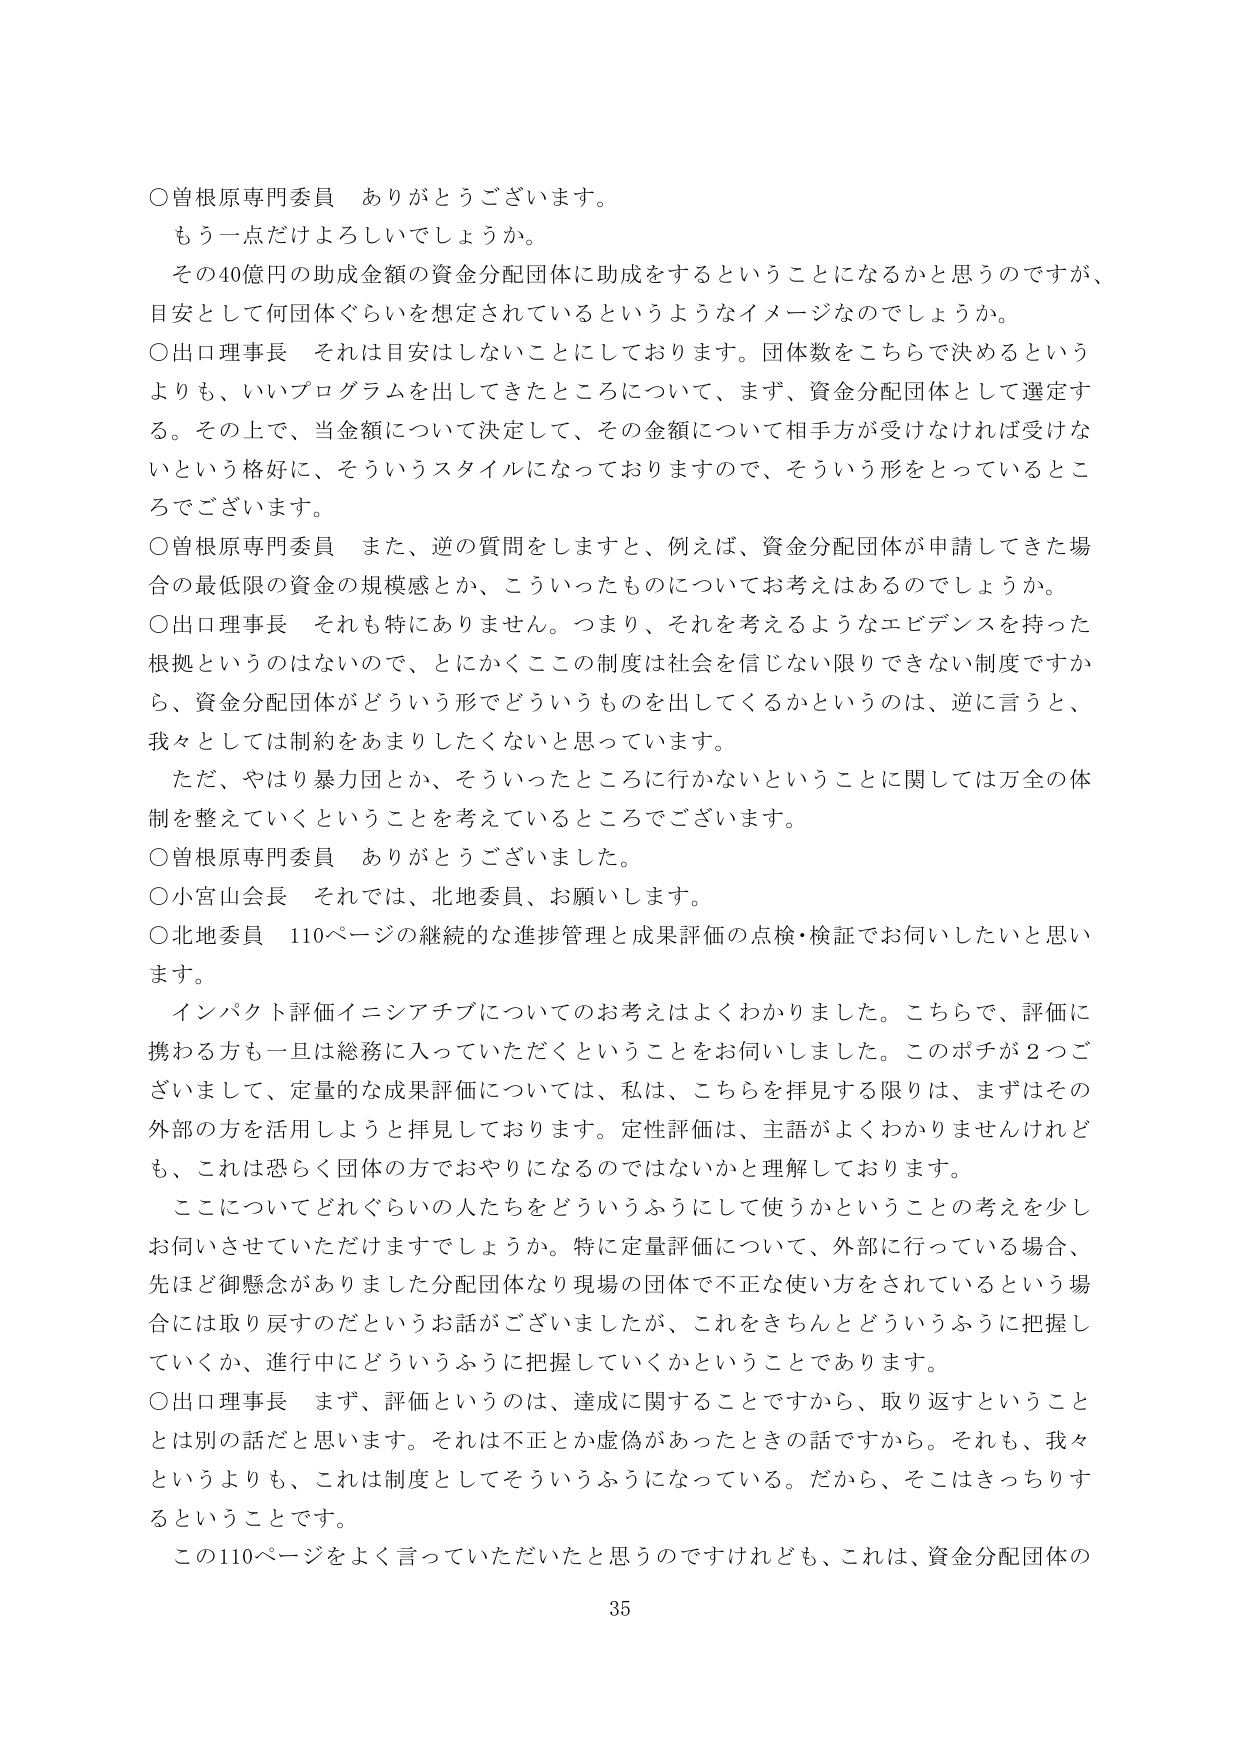
○曽根原専門委員　ありがとうございます。
もう一点だけよろしいでしょうか。
その40億円の助成金額の資金分配団体に助成をするということになるかと思うのですが、
目安として何団体ぐらいを想定されているというようなイメージなのでしょうか。
○出口理事長　それは目安はしないことにしております。団体数をこちらで決めるという
よりも、いいプログラムを出してきたところについて、まず、資金分配団体として選定す
る。その上で、当金額について決定して、その金額について相手方が受けなければ受けな
いという格好に、そういうスタイルになっておりますので、そういう形をとっているとこ
ろでございます。
○曽根原専門委員　また、逆の質問をしますと、例えば、資金分配団体が申請してきた場
合の最低限の資金の規模感とか、こういったものについてお考えはあるのでしょうか。
○出口理事長　それも特になくありません。つまり、それを考えるようなエビデンスを持った
根拠というのはないので、とにかくここの制度は社会を信じない限りできない制度ですか
ら、資金分配団体がどういう形でどういうものを出してくるかというのは、逆に言うと、
我々としては制約をあまりしたくないと思っています。
　ただ、やはり暴力団とか、そういったところに行かないということに関しては万全の体
制を整えていくということを考えているところでございます。
○曽根原専門委員　ありがとうございました。
○小宮山会長　それでは、北地委員、お願いします。
○北地委員　110ページの継続的な進捗管理と成果評価の点検・検証でお伺いしたいと思い
ます。
　インパクト評価イニシアチブについてのお考えはよくわかりました。こちらで、評価に
携わる方も一旦は総務に入っていただくということをお伺いしました。このポチが2つご
ざいまして、定量的な成果評価については、私は、こちらを拝見する限りは、まずはその
外部の方を活用しようと拝見しております。定性評価は、主語がよくわかりませんけれど
も、これは恐らく団体の方でおやりになるのではないかと理解しております。
　ここについてどれぐらいの人たちをどういうふうにして使うかということの考えを少し
お伺いさせていただけますでしょうか。特に定量評価について、外部に行っている場合、
先ほど御懸念がありました分配団体なり現場の団体で不正な使い方をされているという場
合には取り戻すのだというお話がございましたが、これをきちんとどういうふうに把握し
ていくか、進行中にどういうふうに把握していくかということであります。
○出口理事長　まず、評価というのは、達成に関することですから、取り返すということ
とは別の話だと思います。それは不正とか虚偽があったときの話ですから。それも、我々
というよりも、これは制度としてそういうふうになっている。だから、そこはきっちりす
るということです。
　この110ページをよく言っていただいたと思うのですけれども、これは、資金分配団体の
35